NAE_ERA_R-1765_ENSV_Kirjanike_Liit_1945-1955, lk 42
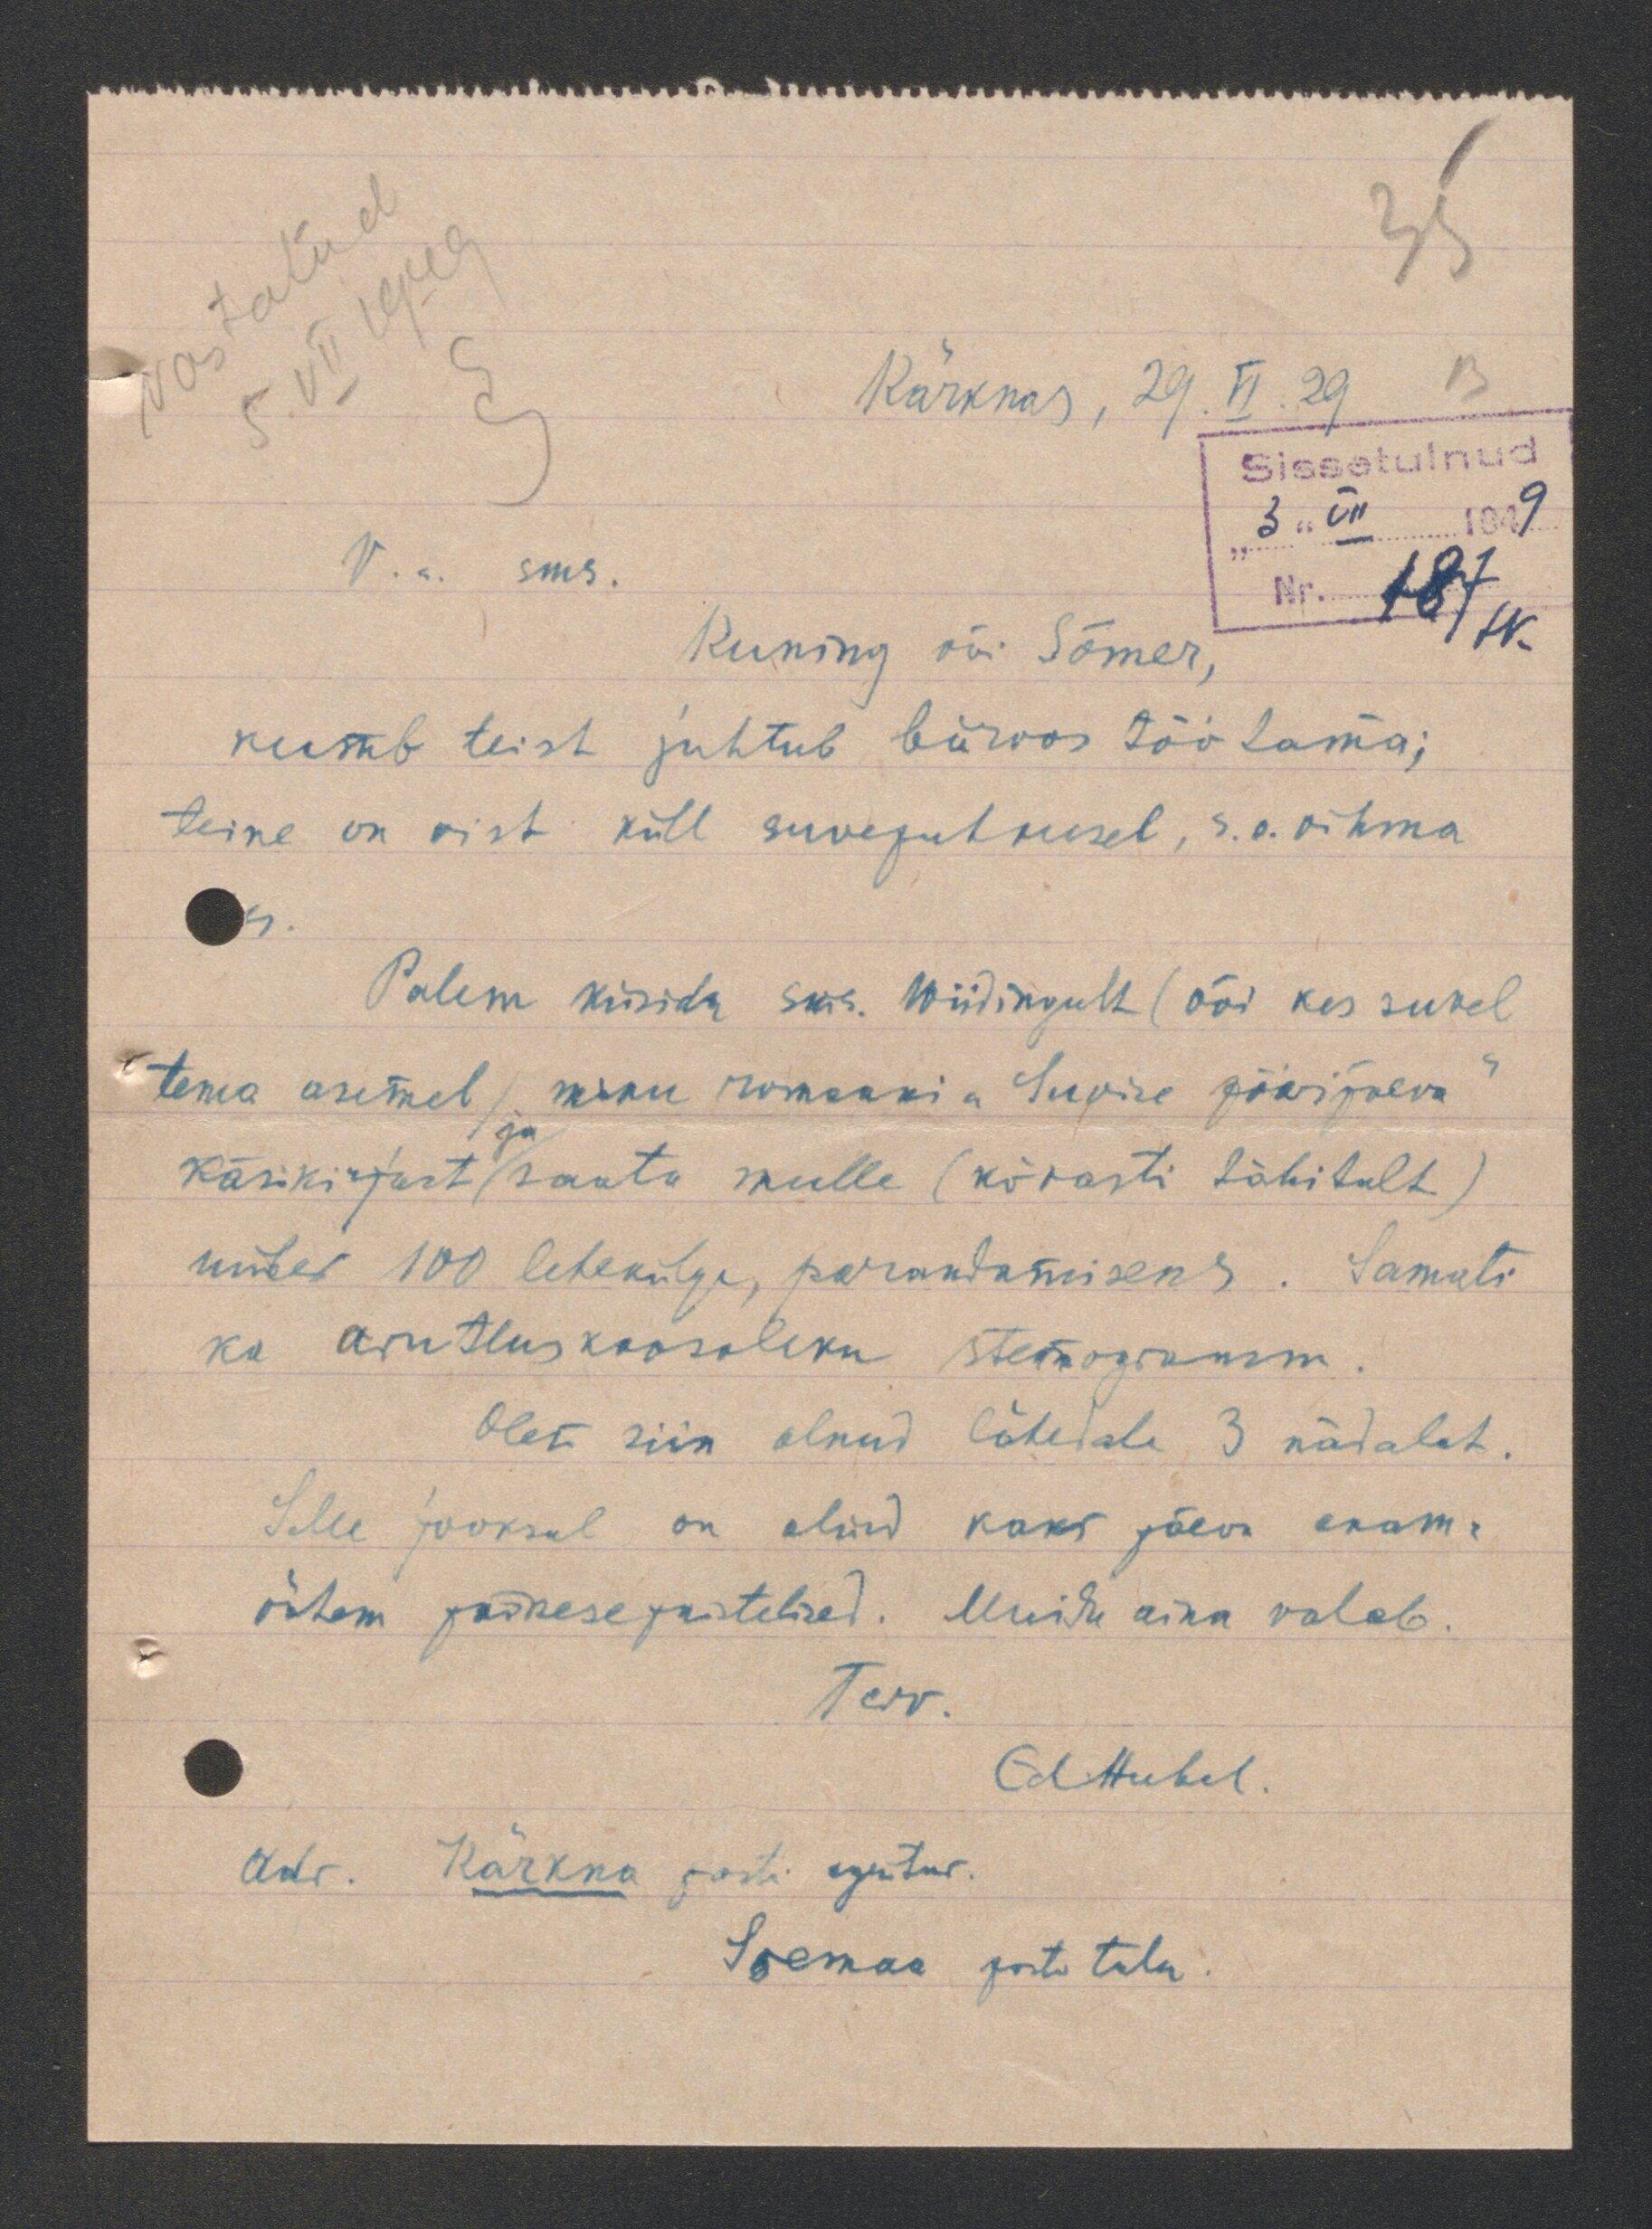
Kärknas, 29 VI. 29
V.a. sms.
Kuning või Sõmer,
kumb teist juhtub büroos töötama;
teine on vist kill suvepuhkusel, s.o. vihma
Palun küsida sms. Wiidingult (või kes suvel
tema asemel minu romaani "Suvise pööripäeva"
käsikirjast saata mulle (kõvasti tähitult)
umbes 100 leheküge, parandamiseks. Samuti
ka arutluskoosoleku stenogramm
Olen siin olnud lähedale 3 nädalat.
Selle jooksul on olnud kaks päev enam
vähem päikesepaistelised. Muidu aina valab
Terv.
Adr. Kärkna posti agentur